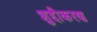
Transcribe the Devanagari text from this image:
शुद्दीकरण